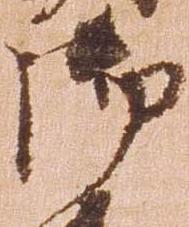
御